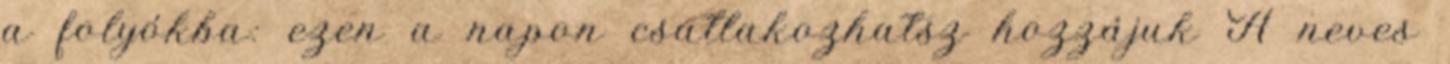
a folyókba: ezen a napon csatlakozhatsz hozzájuk A neves